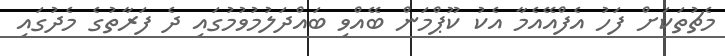
މެޗުތަކަށް ފަހު އެފްއޭއެމާ އެކު ކޫޕްމަން ބޭއްވި ބައްދަލުމުވުމުގައި ދެ ފަރާތުގެ މެދުގައި